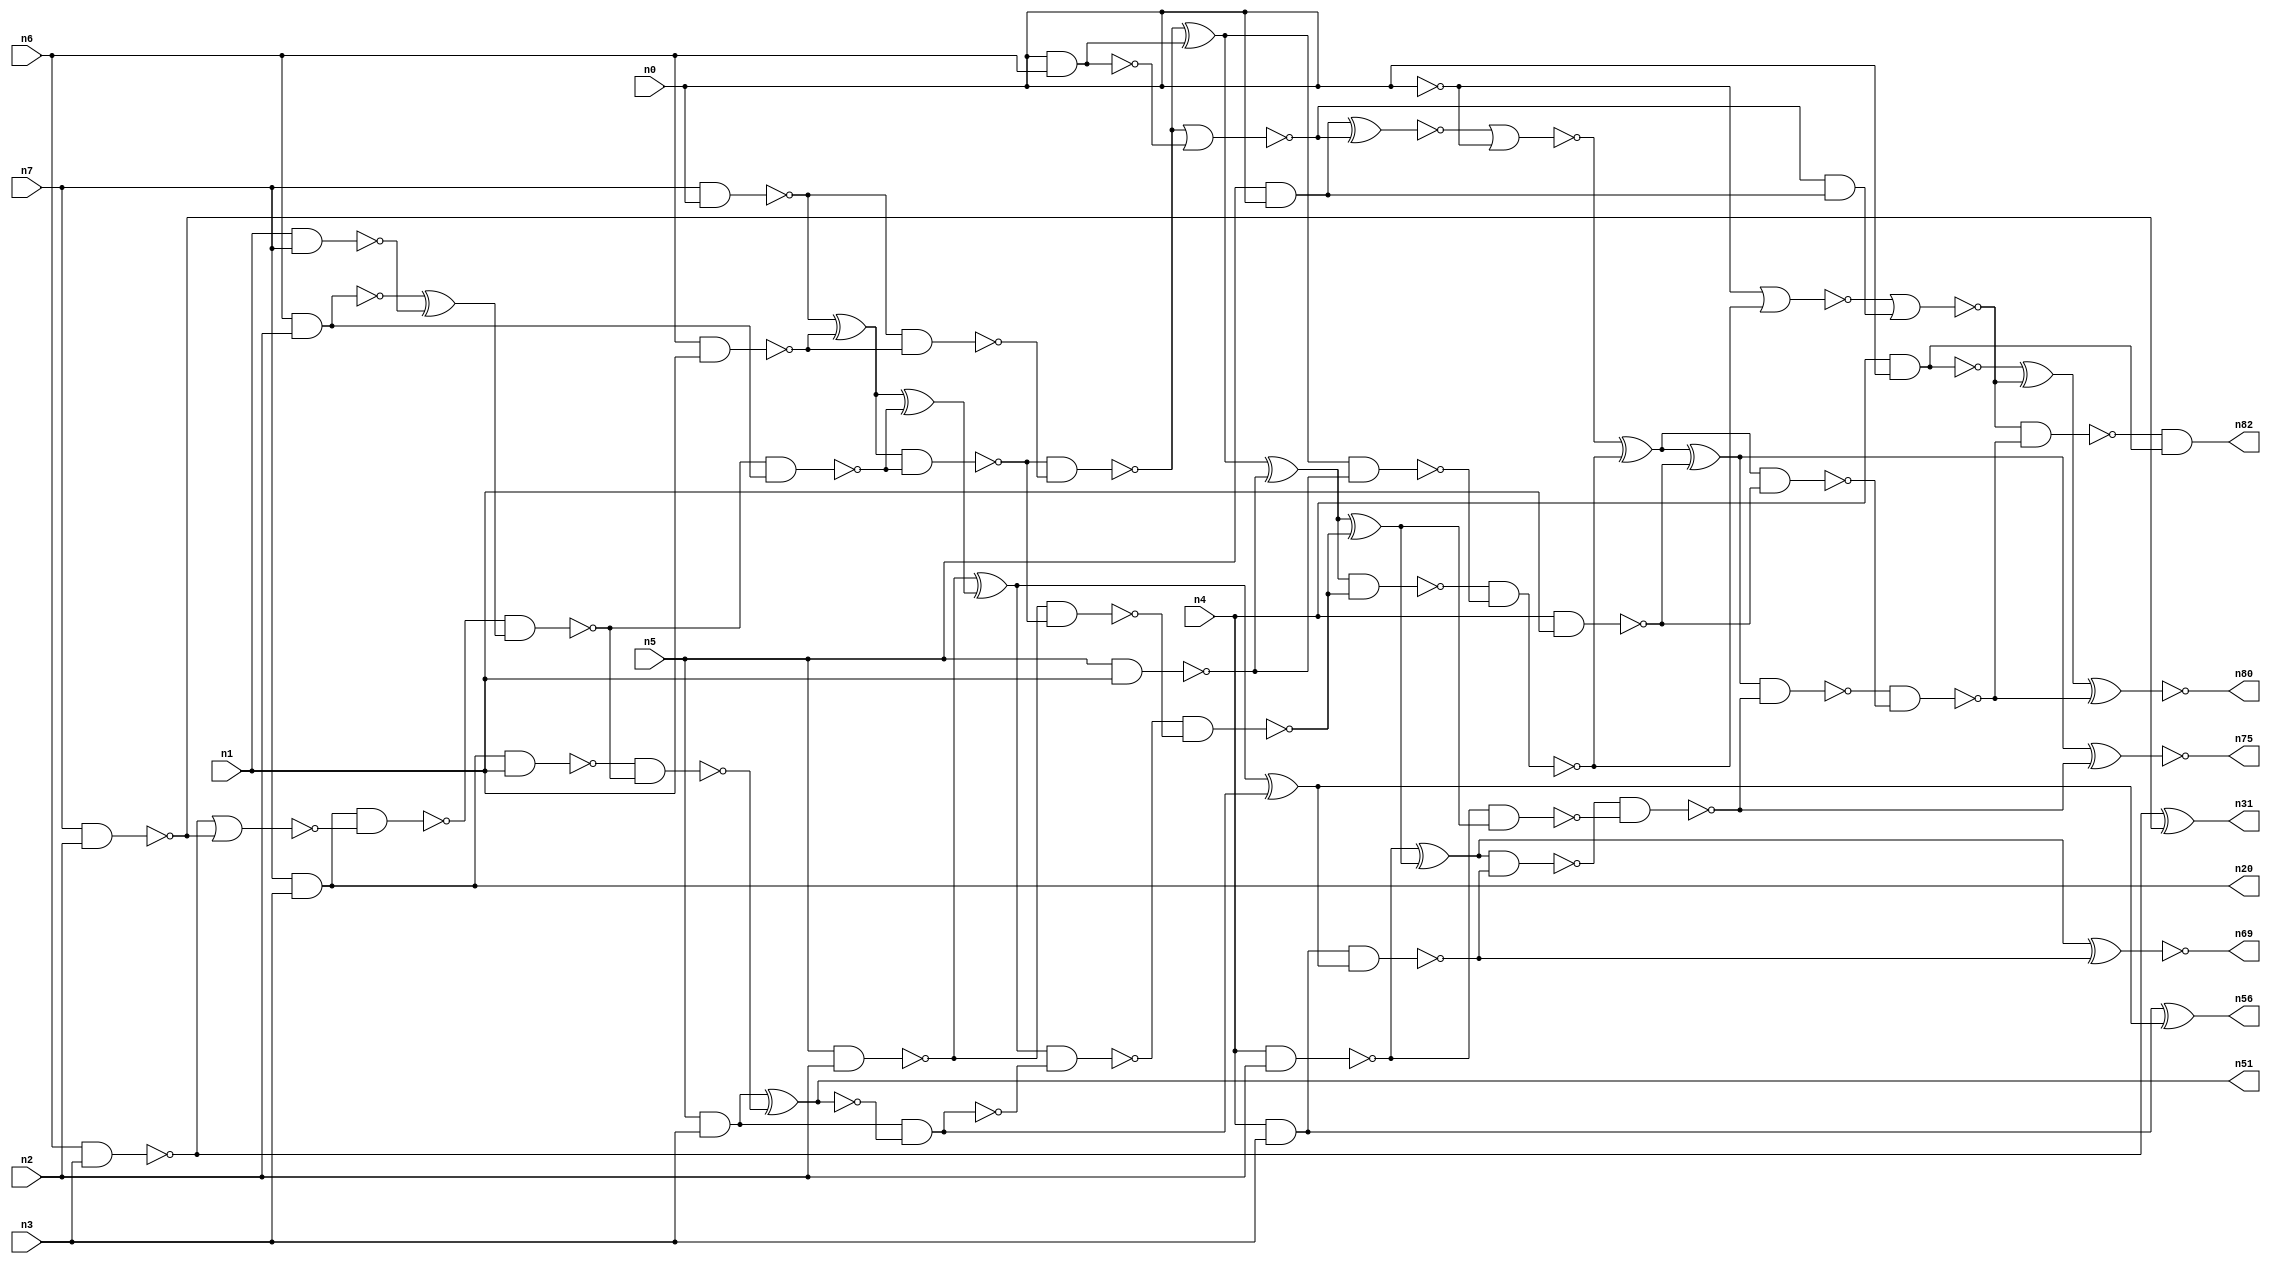
// This program was cloned from: https://github.com/umar-afzaal/ReCkt
// License: MIT License

// This file contains a pareto-optimal circuit with respect to area and the fault-resilince parameter p_fault which is defined as:
// "For all input vectors, the ratio of the no. of faults observable at the POs to the no. of total possible faults in the circuit".
// This code is part of the ReCkt library (https://github.com/umar-afzaal/ReCkt) distributed under The MIT License.
// When used, please cite the following article(s):
// U. Afzaal, A.S. Hassan, M. Usman and J.A. Lee, "On the Evolutionary Synthesis of Increased Fault-resilience Arithmetic Circuits".

// p_fault = 91.7 %    (Lower is better)
// gates = 73.0
// levels = 17
// area = 91.62    (For MCNC library relative to nand2)
// power = 527.7 uW    (Berkely-SIS for MCNC library @ Vdd=5V and 20 MHz clock)
// delay = 21.9 ns    (Berkely-ABC for MCNC library)
// PDP = 1.15566e-11 J

// Pin mapping:
// {n0, n1, n2, n3} = A[3:0]
// {n4, n5, n6, n7} = B[3:0]
// {n82, n80, n75, n69, n56, n51, n31, n20} = O[7:0]

module mult4u_area_7 (
n0, n1, n2, n3, n4, n5, n6, n7, 
n82, n80, n75, n69, n56, n51, n31, n20
);

input n0, n1, n2, n3, n4, n5, n6, n7;
output n82, n80, n75, n69, n56, n51, n31, n20;
wire n16, n73, n77, n26, n40, n38, n78, n76, n46, n50, n15, n66, n36, n67, n18, n13, n21, n32, n35, n57, 
n65, n33, n10, n17, n70, n61, n19, n58, n81, n68, n24, n74, n44, n62, n60, n28, n59, n79, n45, n71, 
n25, n14, n43, n8, n39, n34, n37, n42, n52, n54, n12, n63, n30, n22, n11, n49, n29, n9, n72, n47, 
n55, n53, n23, n41, n48;

and (n8, n5, n0);
nand (n9, n4, n2);
nand (n10, n6, n1);
nand (n11, n4, n0);
nand (n12, n5, n1);
nand (n13, n1, n7);
nand (n14, n5, n2);
nand (n15, n0, n6);
nand (n16, n6, n0);
and (n17, n5, n3);
nand (n18, n4, n1);
nand (n19, n7, n2);
and (n20, n7, n3);
nand (n21, n7, n0);
nand (n22, n6, n3);
nand (n23, n6, n2);
nand (n24, n4, n3);
nand (n25, n21, n10);
nor (n26, n22, n19);
xor (n28, n23, n13);
not (n29, n24);
nor (n30, n16, n15);
xor (n31, n22, n19);
xor (n32, n21, n10);
nand (n33, n0, n0);
nand (n34, n20, n1);
nand (n35, n23, n23);
nand (n36, n20, n26);
nand (n37, n36, n28);
nand (n38, n34, n37);
nand (n39, n37, n35);
xnor (n40, n17, n38);
nand (n41, n32, n39);
xor (n42, n32, n39);
nand (n43, n17, n40);
nand (n44, n41, n25);
xor (n45, n14, n42);
nand (n46, n43, n43);
nand (n47, n14, n41);
xor (n48, n44, n30);
nand (n49, n45, n43);
nor (n50, n44, n15);
nand (n51, n40, n40);
xor (n52, n45, n46);
nand (n53, n29, n52);
nand (n54, n48, n12);
nand (n55, n49, n47);
xor (n56, n29, n52);
and (n57, n50, n8);
xnor (n58, n8, n50);
xor (n59, n48, n12);
xor (n60, n59, n55);
nand (n61, n59, n55);
nor (n62, n58, n33);
xor (n63, n9, n60);
nand (n65, n9, n60);
nand (n66, n61, n54);
xor (n67, n62, n66);
nand (n68, n63, n53);
xnor (n69, n63, n53);
nor (n70, n33, n66);
nand (n71, n67, n18);
xor (n72, n67, n18);
nand (n73, n68, n65);
nor (n74, n70, n57);
xnor (n75, n72, n73);
xor (n76, n11, n74);
nand (n77, n72, n73);
nand (n78, n11, n11);
nand (n79, n77, n71);
xnor (n80, n76, n79);
nand (n81, n74, n79);
and (n82, n81, n78);

endmodule